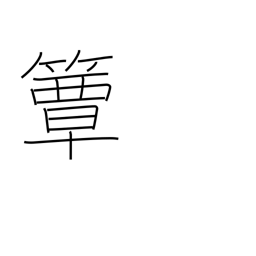
Meaning: round bamboo lunchbox